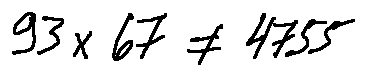
9 3 \times 6 7 \neq 4 7 5 5